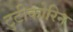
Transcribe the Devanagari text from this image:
टुटीकोरिन